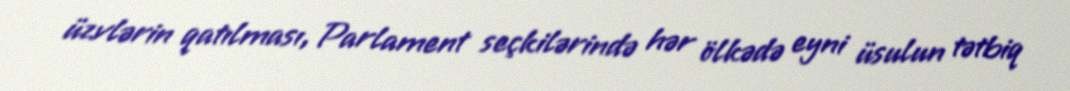
üzvlərin qatılması, Parlament seçkilərində hər ölkədə eyni üsulun tətbiq